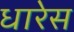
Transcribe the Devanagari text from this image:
धारेस